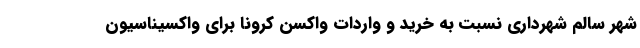
شهر سالم شهرداری نسبت به خرید و واردات واکسن کرونا برای واکسیناسیون